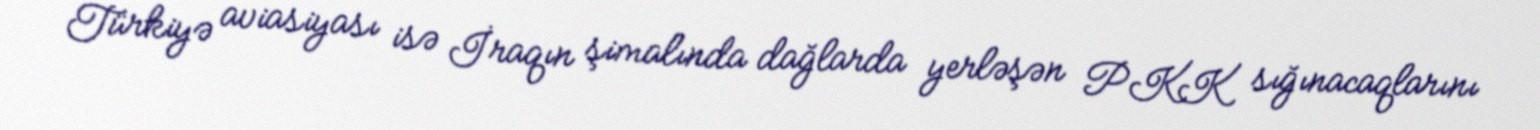
Türkiyə aviasiyası isə İraqın şimalında dağlarda yerləşən PKK sığınacaqlarını